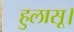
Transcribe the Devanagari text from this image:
हुलासू।